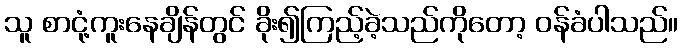
သူ စာငုံ့ကူးနေချိန်တွင် ခိုး၍ကြည့်ခဲ့သည်ကိုတော့ ဝန်ခံပါသည်။